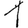
Digit: 1